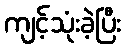
ကျင့်သုံးခဲ့ပြီး